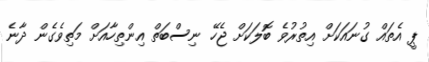
ޕީ އެތައް ގުނައަކަށް އިތުރުވެ ބޮލަކަށް ޖެހޭ ނިސްބަތް އިންތިހާއަށް މަތިވެގެން ދާނެ